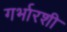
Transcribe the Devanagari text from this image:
गर्भारशी